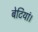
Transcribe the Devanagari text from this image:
बेटियां।